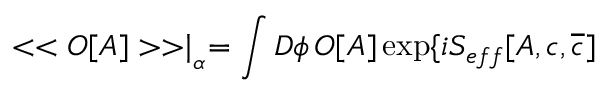
< < O [ A ] > > \mid _ { _ { \alpha } } = \int D \phi \, O [ A ] \exp \{ i S _ { e f f } [ A , c , \overline { { { c } } } ]